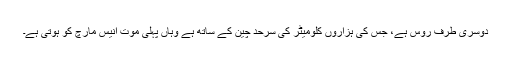
دوسری طرف روس ہے، جس کی ہزاروں کلومیٹر کی سرحد چین کے ساتھ ہے وہاں پہلی موت انیس مارچ کو ہوتی ہے۔